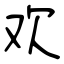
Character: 欢